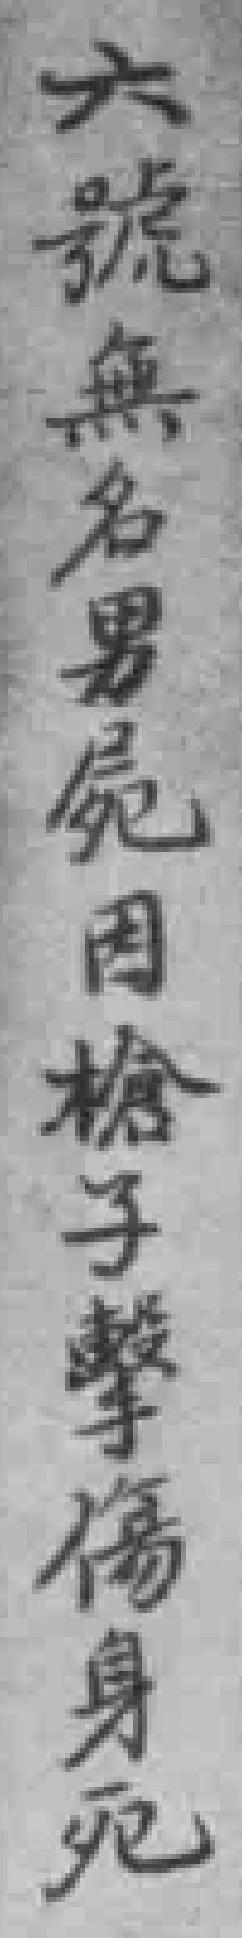
六號無名男屍因槍子擊傷身死